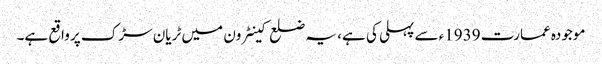
موجودہ عمارت 1939ء سے پہلی کی ہے، یہ ضلع کینٹرون میں ٹریان سڑک پر واقع ہے۔